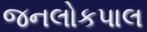
જનલોકપાલ